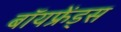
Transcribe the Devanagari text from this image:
बॉयफ्रेंड्स